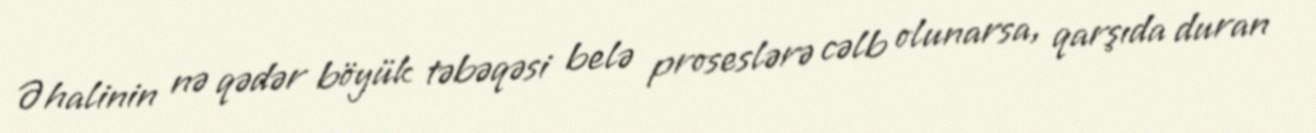
Əhalinin nə qədər böyük təbəqəsi belə proseslərə cəlb olunarsa, qarşıda duran